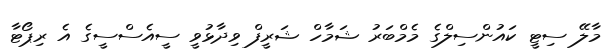
މާލޭ ސިޓީ ކައުންސިލްގެ މެމްބަރު ޝަމާހް ޝަރީފް ވިދާޅުވީ ސީއެސްސީގެ އެ ރިޕޯޓާ